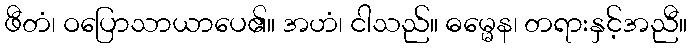
ဖီတံ၊ ဝပြောသာယာပေ၏။ အဟံ၊ ငါသည်။ ဓမ္မေန၊ တရားနှင့်အညီ။